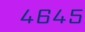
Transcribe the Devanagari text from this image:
४६४५